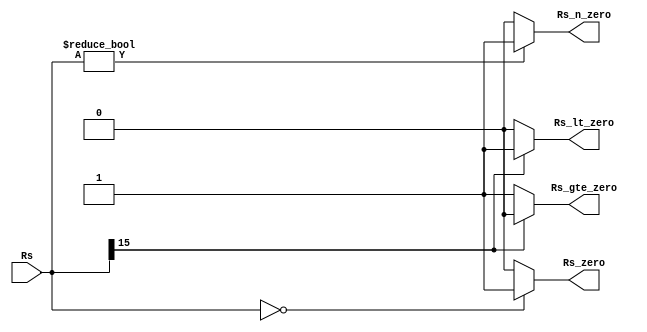
module branch_i_logic(Rs, Rs_zero, Rs_n_zero, Rs_lt_zero, Rs_gte_zero);

    input     [15:0] Rs;

    output           Rs_zero;
    output           Rs_n_zero;
    output           Rs_lt_zero;
    output           Rs_gte_zero;

    assign Rs_zero = (Rs == 0) ? (1) : (0);
    assign Rs_n_zero = (Rs != 0) ? (1) : (0);
    assign Rs_lt_zero = (Rs[15] == 1'b1) ? (1) : (0);
    assign Rs_gte_zero = (Rs[15] == 0 ) ? (1) : (0);

endmodule